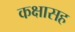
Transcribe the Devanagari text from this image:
कक्षासह